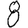
Digit: 8